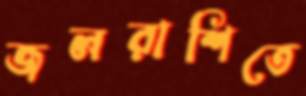
জলরাশিতে